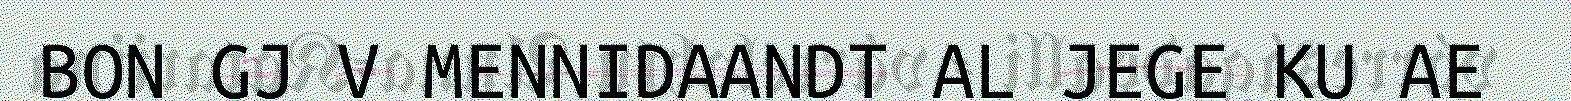
BON GJ V MENNIDAANDT AL JEGE KU AE